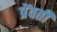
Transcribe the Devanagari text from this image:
प्रेंवती